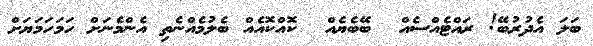
ބަލަ އެދުރުބޭ! ރައްޓެއްސެއް  ބޭބެޔެއް  ކޮއްކޮއެއް ބެލުމެއްނެތި އެންމެނަށް ހަމަހަމަޔަށް